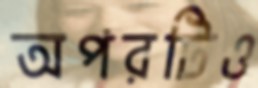
অপরটিও